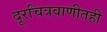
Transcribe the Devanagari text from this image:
दूरचित्रवाणीतही